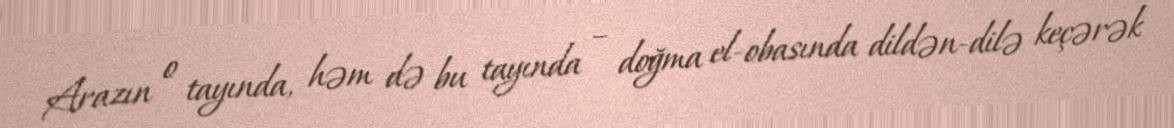
Arazın o tayında, həm də bu tayında – doğma el-obasında dildən-dilə keçərək